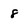
Character: 8